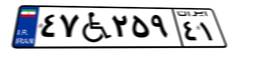
۴۷W۲۵۹۴۱